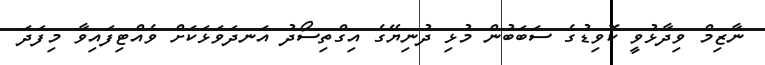
ނާޒިމް ވިދާޅުވީ ކޮވިޑުގެ ސަބަބުން މުޅި ދުނިޔޭގެ އިގްތިސޯދު އަނދަވަޅަކަށް ވެއްޓިފައިވާ މިފަދަ